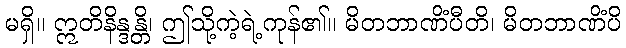
မရှိ။ ဣတိနိန္ဒန္တိ၊ ဤသို့ကဲ့ရဲ့ကုန်၏။ မိတဘာဏိံပီတိ၊ မိတဘာဏိံပိ